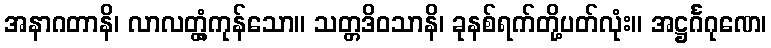
အနာဂတာနိ၊ လာလတ္တံ့ကုန်သော။ သတ္တဒိဝသာနိ၊ ခုနစ်ရက်တို့ပတ်လုံး။ အဋ္ဌင်္ဂဂုဏေ၊